Vaccination North-Western Provinces and Oudh 1896-1901 - 1896-1901
Year: 1896
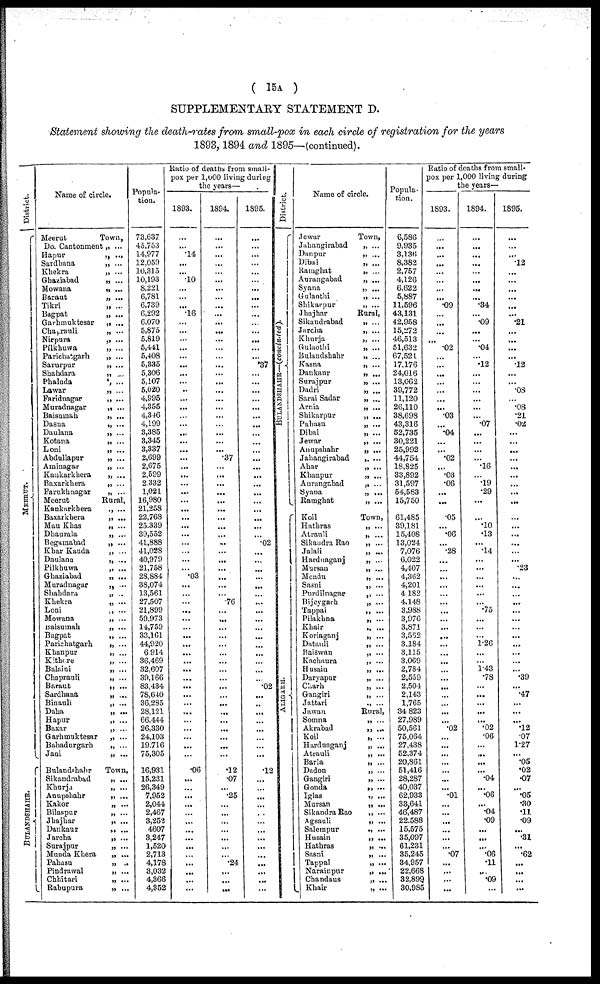
( 15A )
SUPPLEMENTARY STATEMENT D.
Statement showing the death-rates from small-pox in each circle of registration for the years
1893,1894 and 1895—(continued).
District.
MEERUT.
BULANDSHAHR.
Name of circle.
Meerut
Do. Cantonment
Hapur
Sardhana
Khekra
Ghaziabad
Mowana
Baraut
Tikri
Bagpat
Garhmuktesar
Chaprauli
Nírpura
Pílkhuwa
Parichatgarh
Sarurpur
Shahdara
Phaluda
Lawar
Faridnagar
Muradnagar
Baisumah
Dasna
Daulana
Kotana
Loni
Abdullapur
Aminagar
Kankarkhera
Baxarkhera
Farukhnagar
Meerut
Kankarkhera
Baxarkhera
Mau Khas
Dhaurala
Begamabad
Khar Kauda
Daulana
Pilkhuwa
Ghaziabad
Muradnagar
Shahdara
Khekra
Loni
Mowana
Baisumah
Bagpat
Parichatgarh
Khanpur
Kithore
Balaini
Chaprauli
Baraut
Sardhana
Binauli
Daha
Hapur
Baxar
Garhmuktesar
Bahadurgarh
Jani
Bulandshahr
Sikandrabad
Khurja
Anupshahr
Kakor
Bilaspur
Jhajhar
Dankaur
Jarcha
Surajpur
Munda Khera
Pahasu
Pindrawal
Chhitari
Rabupura
Town,
„ ...
„ ...
„ ...
„ ...
„ ...
„ ...
„ ...
„ ...
„ ...
„ ...
„ ...
„ ...
„ ...
„ ...
„ ...
„ ...
„ ...
„ ...
„ ...
„ ...
„ ...
„ ...
„ ...
„ ...
„ ...
„ ...
„ ...
„ ...
„ ...
„ ...
Rural,
„ ...
„ ...
„ ...
„ ...
„ ...
„ ...
„ ...
„ ...
„ ...
„ ...
„ ..
„ ...
„ ...
„ ...
„ ...
„ ...
„ ...
„ ...
„ ...
„ ...
„ ...
„ ...
„ ...
„ ...
„ ...
„ ...
„ ...
„ ...
„ ...
„ ...
Town,
„ ...
„ ...
„ ...
„ ...
„ ...
„ ...
„ ...
„ ...
„ ...
„ ...
„ ...
„ ...
„ ...
„ ...
Popula-
tion.
73,637
45,753
14,977
12,059
10,315
10,193
8,221
6,781
6,739
6,292
6,070
5,875
5,819
5,441
5,408
5,335
5,306
5,107
5,020
4,995
4,355
4,346
4,199
3,385
3,345
3,337
2,699
2,675
2,599
2,332
1,021
16,980
21,258
22,768
25,339
39,552
41,888
41,028
40,979
21,758
28,884
38,074
13,561
27,507
21,899
59,973
14,759
33,161
44,920
6,914
36,469
32,607
39,166
83,434
78,640
36,285
28,121
66,444
26,330
24,103
19,716
75,305
16,931
15,231
26,349
7,952
2,044
2,467
3,252
4,607
3,247
1,520
2,713
4,178
3,032
4,366
4,352
Ratio of deaths from small-
pox pur 1,000 living during
the years—
1893.
...
...
.14
...
...
.10
...
...
...
.16
...
...
...
...
...
...
...
...
...
...
...
...
...
...
...
...
...
...
...
...
...
...
...
...
...
...
...
...
...
...
.03
...
...
...
...
...
...
...
...
...
...
...
...
...
...
...
...
...
...
...
...
...
.06
...
...
...
...
...
...
...
...
...
...
...
...
...
...
1894.
...
...
...
...
...
...
...
...
...
...
...
...
...
...
...
...
...
...
...
...
...
...
...
...
...
...
.37
...
...
...
...
...
...
...
...
...
...
...
...
...
...
...
...
.76
...
...
...
...
...
...
...
...
...
...
...
...
...
...
...
...
...
...
.12
.07
...
.25
...
...
...
...
...
...
...
.24
...
...
...
1895.
...
...
...
...
...
...
...
...
...
...
...
...
...
...
...
.37
...
...
...
...
...
...
...
...
...
...
...
...
...
...
...
...
...
...
...
...
.02
...
...
...
...
...
...
...
...
...
...
...
...
...
...
...
...
.02
...
...
...
...
...
...
...
...
.12
...
... ...
...
...
...
...
...
...
...
...
...
...
...
District.
BULANDSHAHR—(concluded).
ALIGARH.
Name of circle.
Jewar
Jahangirabad
Dunpur
Dibai
Ramghat
Aurangabad
Syana
Gulaothi
Shikarpur
Jhajhar
Sikandrabad
Jarcha
Khurja
Gulaothi
Bulandshahr
Kasna
Dankaur
Surajpur
Dadri
Sarai Sadar
Arnia
Shikarpur
Pahasu
Dibai
Jewar
Anupshahr
Jahangirabad
Ahar
Khanpur
Aurangabad
Syana
Ramghat
Koil
Hathras
Atrauli
Sikandra Rao
Jalali
Harduaganj
Mursan
Mendu
Sasni
Purdilnagar
Bijeygarh
Tappai
Pilakhna
Khair
Koriaganj
Datauli
Baiswan
Kachaura
Husain
Daryapur
Charh
Gangiri
Jattari
Jawan
Somna
Akrabad
Koil
Harduaganj
Atrauli
Barla
Dadon
Gangiri
Gonda
Iglas
Mursan
Sikandra Rao
Agsauli
Salempur
Husain
Hathras
Sasni
Tappal
Narainpur
Chandaus
Khair
Town,
„ ...
„ ...
„ ...
„ ...
„ ...
„ ...
„ ...
„ ...
Rural,
„ ...
„ ...
„ ...
„ ...
„ ...
„ ...
„ ...
„ ...
„ ...
„ ...
„ ...
„ ...
„ ...
„ ...
„ ...
„ ...
„ ...
„ ...
„ ...
„ ...
„ ...
„ ...
Town,
„ ...
„ ...
„ ...
„ ...
„ ...
„ ...
„ ...
„ ...
„ ...
„ ...
„ ...
„ ...
„ ...
„ ...
„ ...
„ ...
„ ...
„ ...
„ ...
„ ...
„ ...
„ ...
Rural,
„ ...
„ ...
„ ...
„ ...
„ ...
„ ...
„ ...
„ ...
„ ...
„ ...
„ ...
„ ...
„ ...
„ ...
„ ...
„ ...
„ ...
„ ...
„ ...
„ ...
„ ...
Popula-
tion.
6,586
9,935
3,136
8,382
2,757
4,126
6,622
5,887
11,596
43,131
42,958
15,272
46,513
51,632
67,521
17,176
24,016
13,062
39,772
11,120
26,110
38,698
43,316
52,735
30,221
25,992
44,754
18,825
33,892
31,597
54,583
15,750
61,485
39,181
15,408
13,024
7,076
6,022
4,407
4,362
4,201
4 182
4,148
3,988
3,976
3,871
3,562
3,184
3,115
3,069
2,784
2,559
2,504
2,143
1,765
34,823
27,989
50,561
75,064
27,438
52,374
20,861
51,416
28,287
40,037
62,933
33,641
46,487
22,588
15,575
35,097
61,231
35,245
34,957
22,668
32,899
30,985
Ratio of deaths from small-
pox per 1,000 living during
the years—
1893.
...
...
...
...
...
...
...
...
.09
...
...
...
...
.02
...
...
...
...
...
...
...
.03
...
.04
...
...
.02
...
.03
.06
...
...
.05
...
.06
...
.28
...
...
...
...
...
...
...
...
...
...
...
...
...
...
...
...
...
...
...
...
.02
...
...
...
...
...
...
...
.01
...
...
...
...
...
...
.07
...
...
...
...
1894.
...
...
...
...
...
...
...
...
.34
...
.09
...
...
.04
...
.12
...
...
...
...
...
...
.07
...
...
...
...
.l6
...
.19
.29
...
...
.10
.13
...
.14
...
...
...
...
...
...
.75
...
...
...
1.26
...
...
1.43
.78
...
...
...
...
...
.02
.06
...
...
...
...
.04
...
.06
...
.04
.09
...
...
...
.06
.11
...
.09
...
1895.
...
...
.12
...
...
...
...
...
...
.21
...
...
...
...
.12
...
...
.08
...
.08
.21
.02
...
...
...
...
...
...
...
...
...
...
...
...
...
...
...
.23
...
...
...
...
...
...
...
...
...
...
...
...
.39
...
.47
...
...
...
.12
.07
1.27
...
.05
.02
.07
...
.05
.30
.11
.09
...
.31
...
.62
...
...
...
...